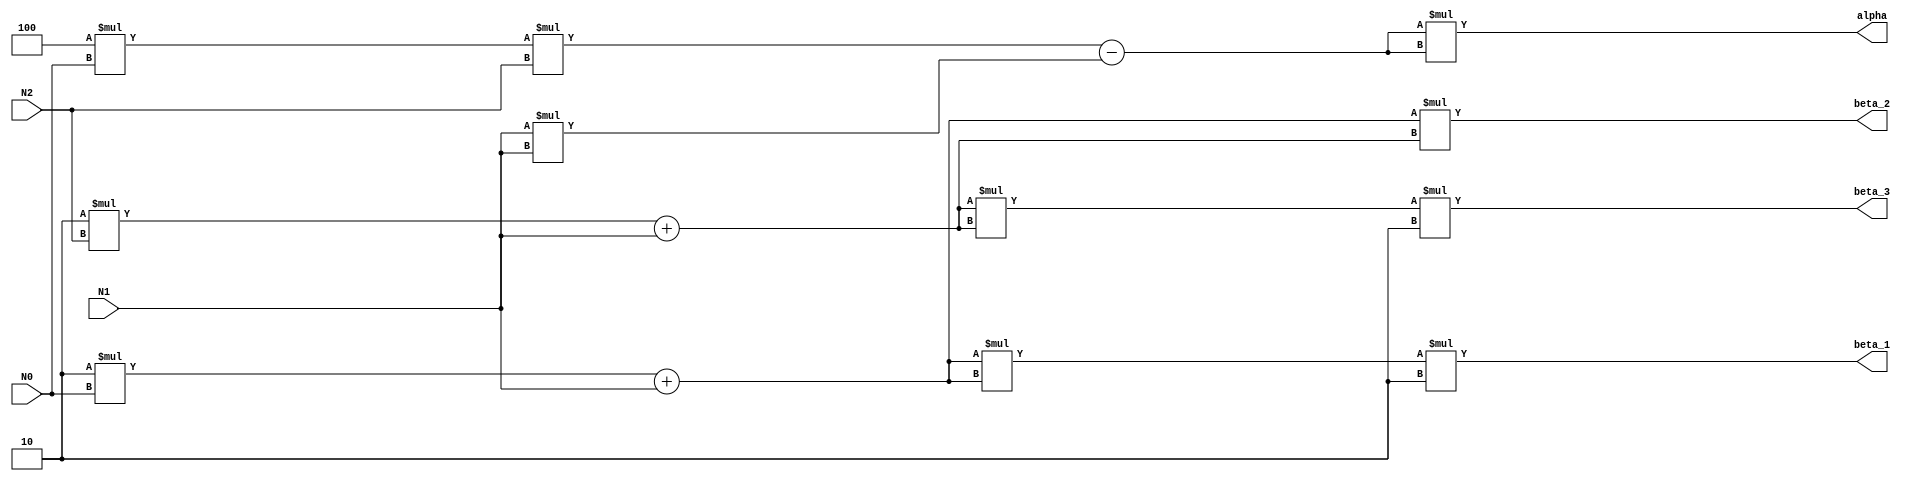
module chi_squared (N0, N1, N2, alpha, beta_1, beta_2, beta_3);

input [15:0] N0;
input [15:0] N1;
input [15:0] N2;
output [15:0] alpha;
output [15:0] beta_1;
output [15:0] beta_2;
output [15:0] beta_3;
wire [15:0] tmp_0;
wire [15:0] tmp_1;
wire [15:0] tmp_2;
wire [15:0] tmp_3;
wire [15:0] tmp_4;
wire [15:0] tmp_5;
wire [15:0] tmp_6;
wire [15:0] tmp_7;
wire [15:0] tmp_8;
wire [15:0] tmp_9;

// Compute alpha
assign tmp_0 = 4 * N0;
assign tmp_2 = tmp_0 * N2;
assign tmp_1 = N1 * N1;
assign tmp_9 = tmp_2 - tmp_1;
assign alpha = tmp_9 * tmp_9;

// Compute beta_1
assign tmp_3 = 2 * N0;
assign tmp_4 = tmp_3 + N1;
assign tmp_5 = tmp_4 * tmp_4;
assign beta_1 = tmp_5 * 2;

// Compute beta_2
assign tmp_6 = 2 * N2;
assign tmp_7 = tmp_6 + N1;
assign beta_2 = tmp_4 * tmp_7;

// Compute beta_3
assign tmp_8 = tmp_7 * tmp_7;
assign beta_3 = tmp_8 * 2;

endmodule